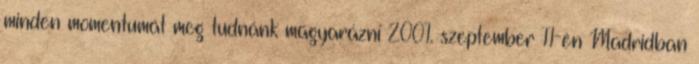
minden momentumát meg tudnánk magyarázni 2001. szeptember 11-én Madridban